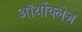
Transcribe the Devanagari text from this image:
ऑर्थोक्लेज